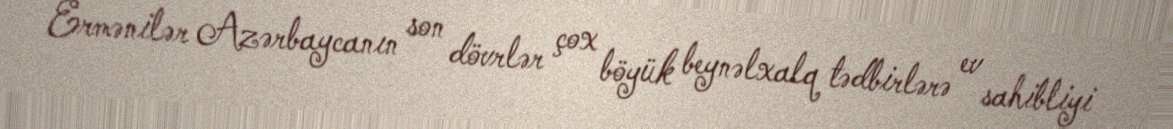
Ermənilər Azərbaycanın son dövrlər çox böyük beynəlxalq tədbirlərə ev sahibliyi